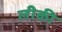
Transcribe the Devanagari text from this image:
लीकी